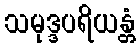
သမုဒ္ဒပရိယန္တံ